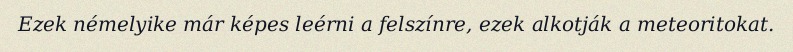
Ezek némelyike már képes leérni a felszínre, ezek alkotják a meteoritokat.